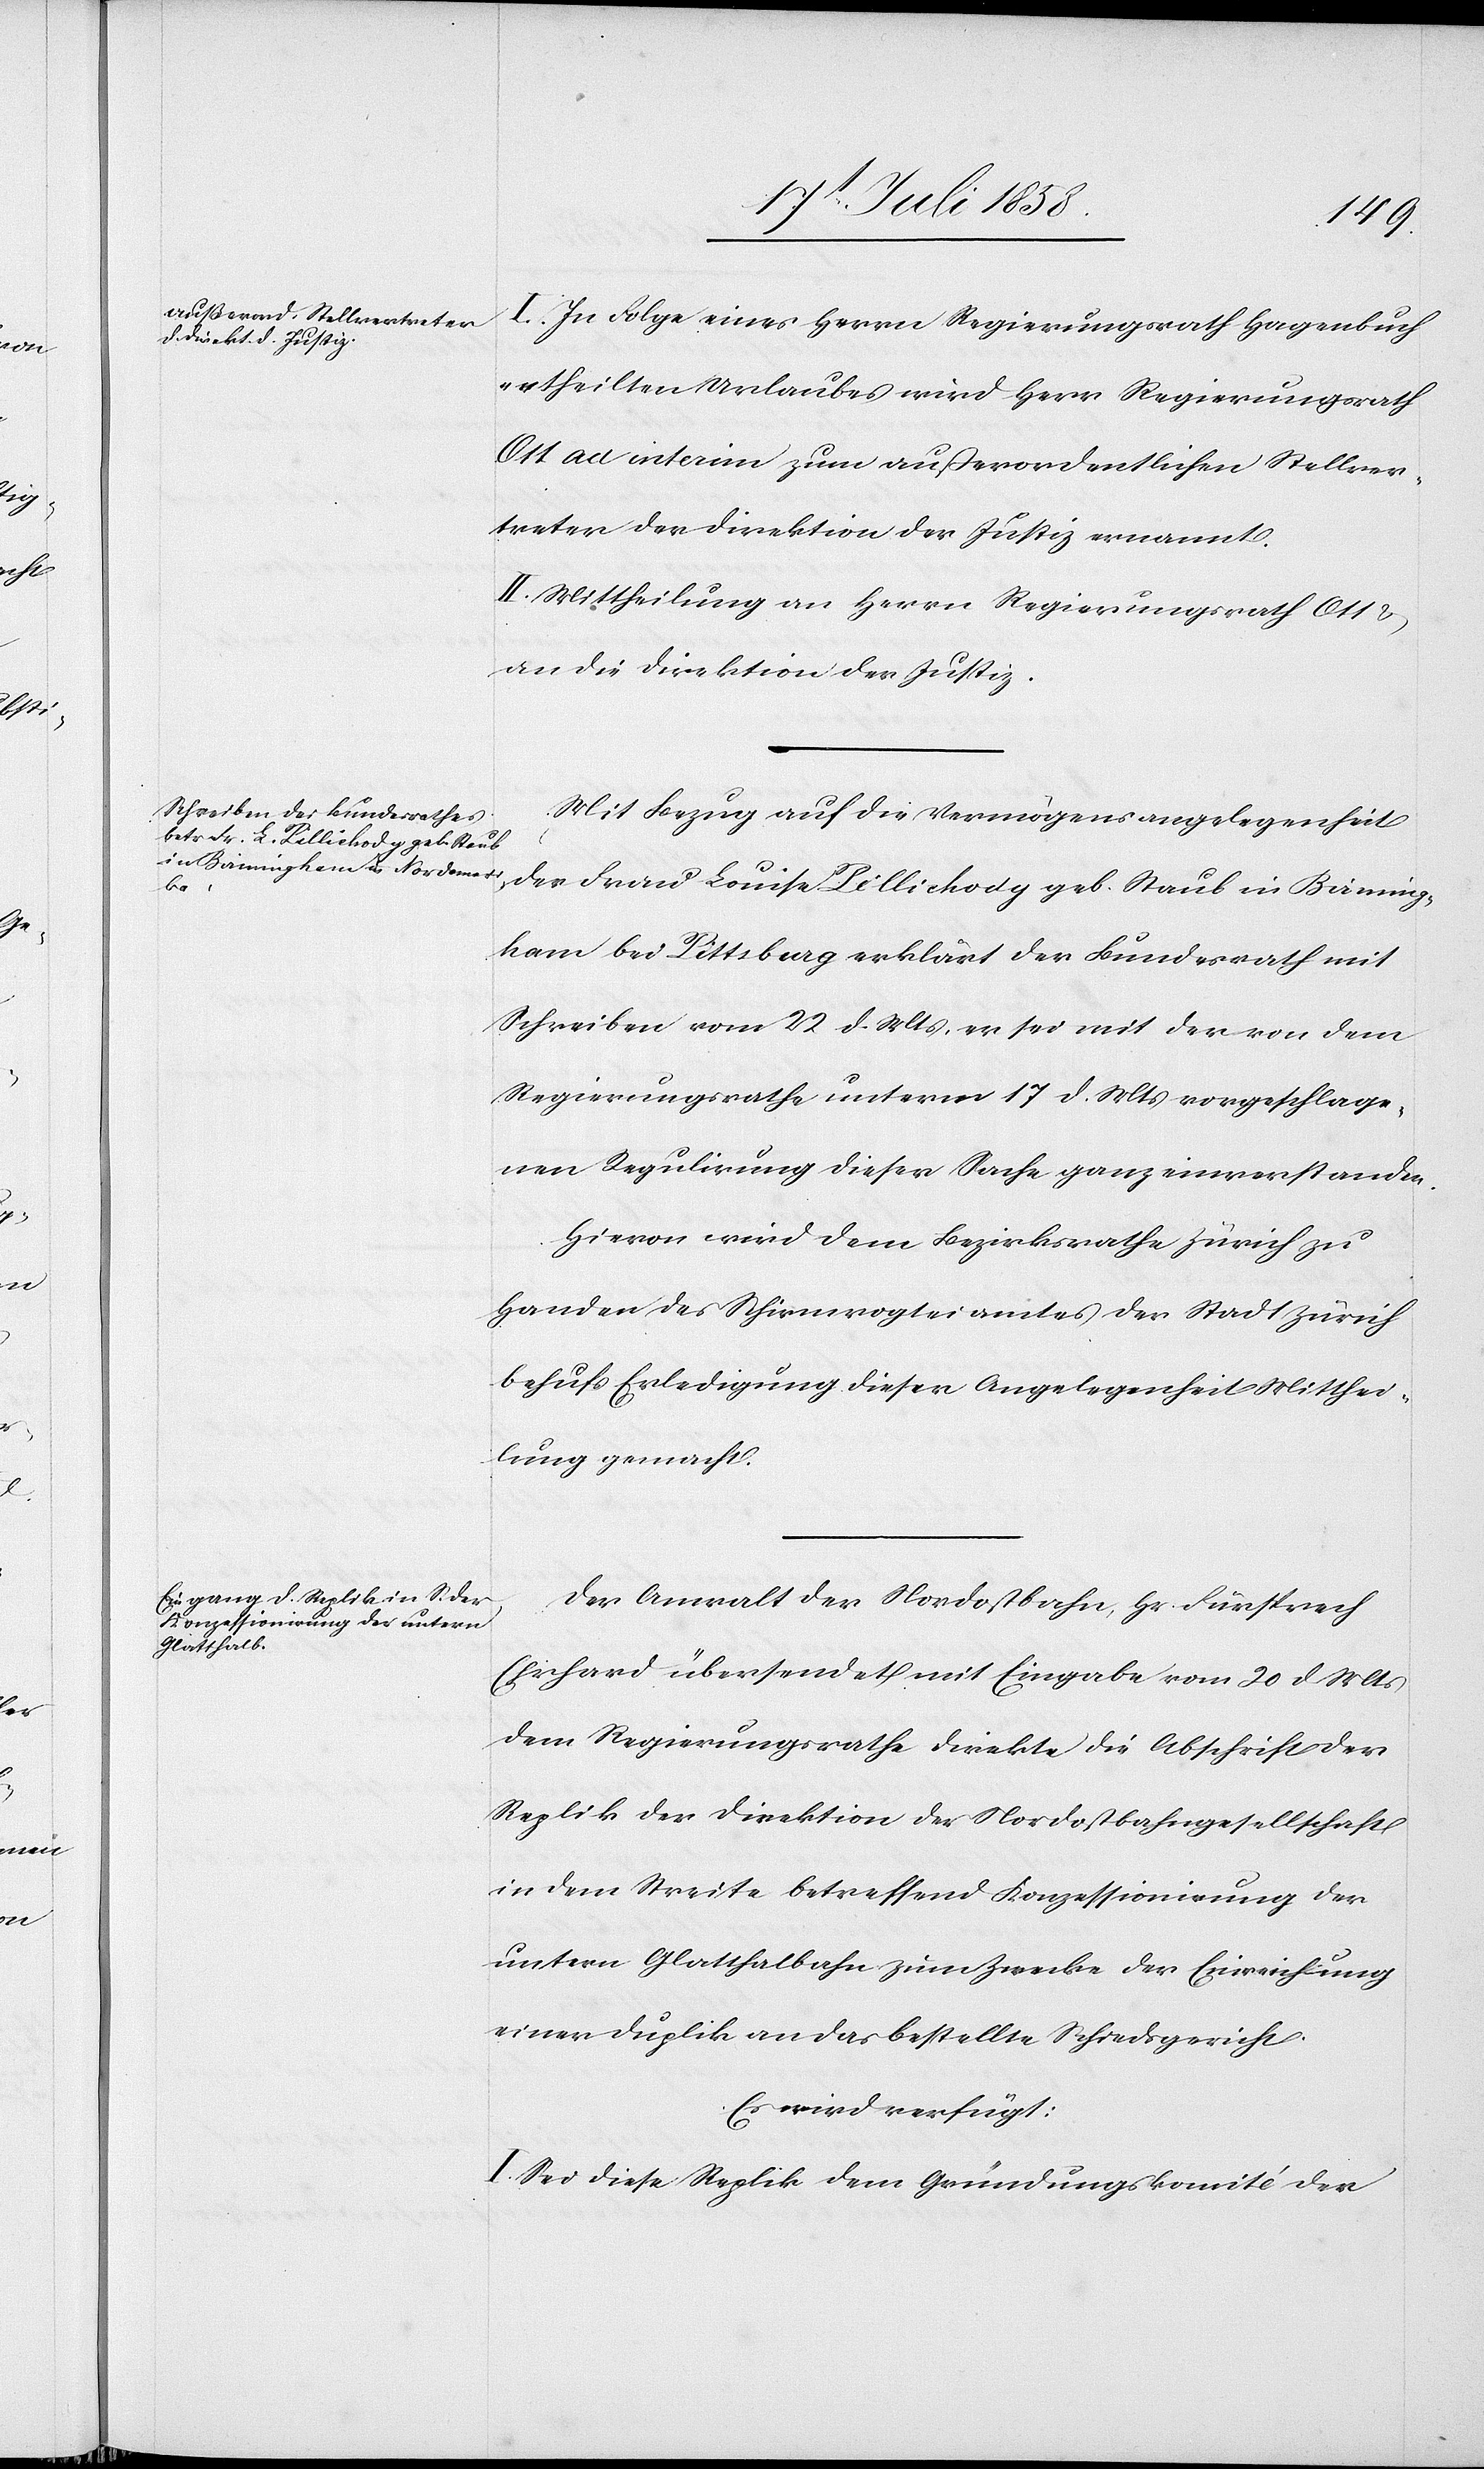
24 Juli 1858.]
I. In Folge eines Herrn Regierungsrath Hagenbuch
ertheilten Urlaubes wird Herr Regierungsrath
Ott ad interim zum außerordentlichen Stellver¬
treter der Direktion der Justiz ernannt.
II. Mittheilung an Herrn Regierungsrath Ott &
an die Direktion der Justiz.
Mit Bezug auf die Vermögensangelegenheit
der Frau Louise Pillichody geb. Staub in Birming¬
ham bei Pittsburg erklärt der Bundesrath mit
Schreiben vom 22 d. Mts, er sei mit der von dem
Regierungsrathe unterm 17 d. Mts vorgeschlage¬
nen Regulirung dieser Sache ganz einverstanden.
Hievon wird dem Bezirksrathe Zürich zu
Handen des Schirmvogteiamtes der Stadt Zürich
behufs Erledigung dieser Angelegenheit Mitthei¬
lung gemacht.
Der Anwalt der Nordostbahn, Hr. Fürsprech
Ehrhard übersendet mit Eingabe vom 20 d. Mts
dem Regierungsrathe direkte die Abschrift der
Replik der Direktion der Nordostbahngesellschaft
in dem Streite betreffend Konzessionirung der
untern Glatthalbahn zum Zwecke der Einreichung
einer Duplik an das bestellte Schiedsgericht.
Es wird verfügt:
I. Sei diese Replik dem Gründungskomité der